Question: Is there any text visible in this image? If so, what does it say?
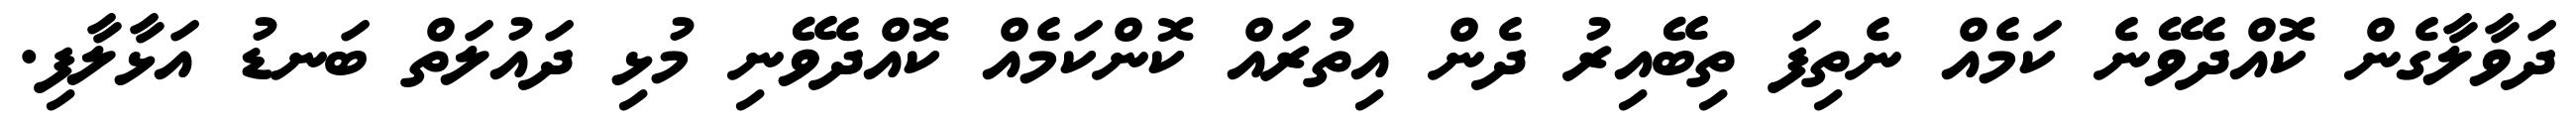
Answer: ދަވާލާގެން ކޮއްދެވޭނެ ކަމެއް ނެތިފަ ތިބޭއިރު ދެން އިތުރައް ކޮންކަމެއް ކޮއްދެވޭނި މުޅި ދައުލަތް ބަނޑު އަޅާލާފި.